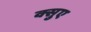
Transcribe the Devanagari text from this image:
क्सुए